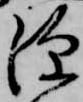
源